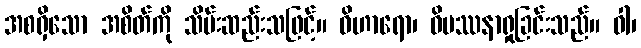
အစရှိသော အစိတ်ကို သိမ်းဆည်းသဖြင့်။ ဝိဟာရော၊ ဝိပဿနာရှုခြင်းသည်။ ဝါ၊